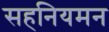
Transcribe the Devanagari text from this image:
सहनियमन